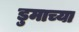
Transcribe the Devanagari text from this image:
डुमाच्या